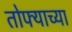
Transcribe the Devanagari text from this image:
तोफ्याच्या